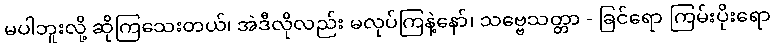
မပါဘူးလို့ ဆိုကြသေးတယ်၊ အဲဒီလိုလည်း မလုပ်ကြနဲ့နော်၊ သဗ္ဗေသတ္တာ - ခြင်ရော ကြမ်းပိုးရော